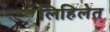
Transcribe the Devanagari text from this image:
लिहिलेत